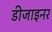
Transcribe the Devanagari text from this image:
डीजाइनर